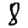
Digit: 8